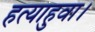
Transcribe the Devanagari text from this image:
हत्याहुवा।